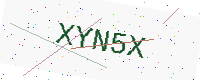
Text: XYN5X